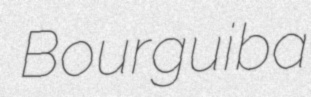
Bourguiba